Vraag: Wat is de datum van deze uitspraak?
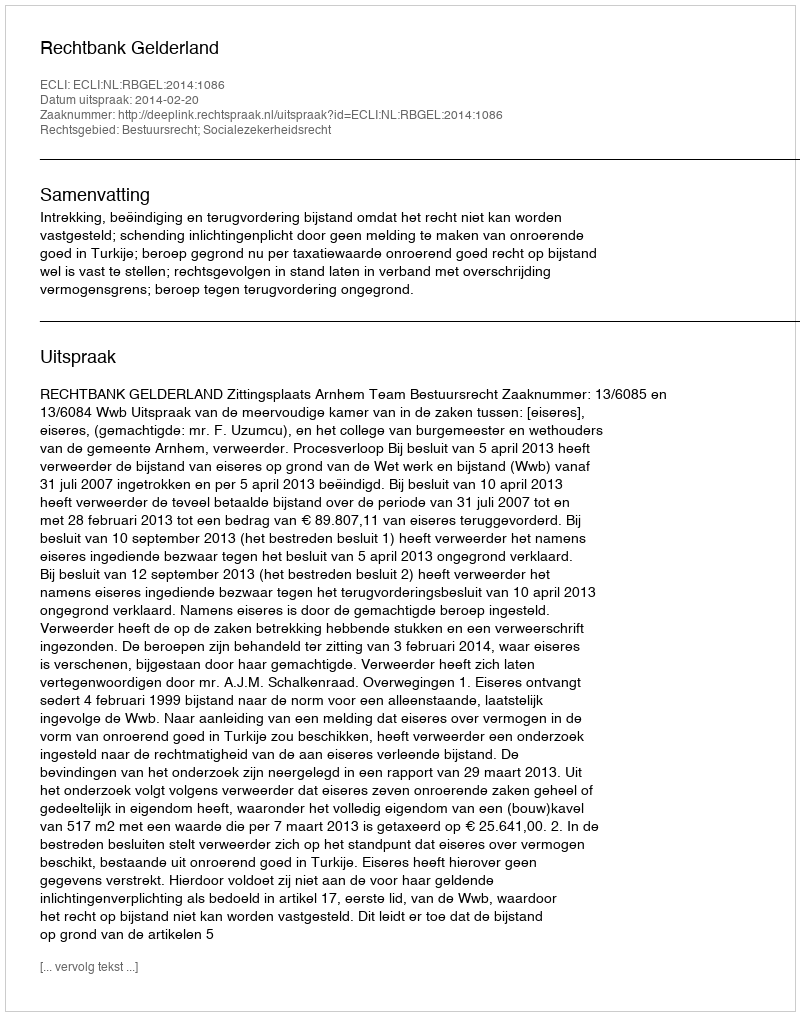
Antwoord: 2014-02-20